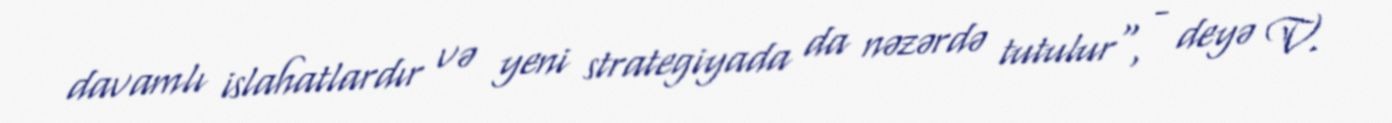
davamlı islahatlardır və yeni strategiyada da nəzərdə tutulur", - deyə V.